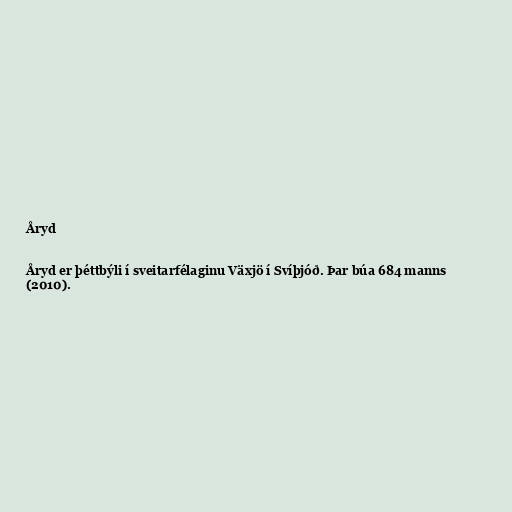
Åryd

Åryd er þéttbýli í sveitarfélaginu Växjö í Svíþjóð. Þar búa 684 manns
(2010).